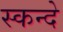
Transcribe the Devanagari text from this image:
स्कन्दे